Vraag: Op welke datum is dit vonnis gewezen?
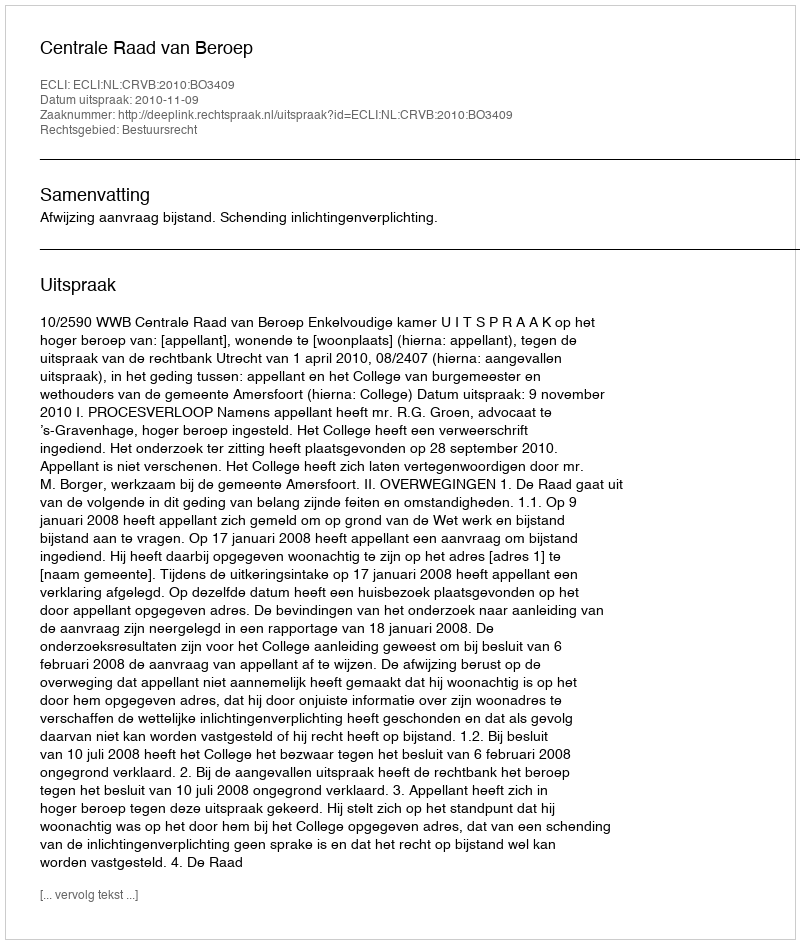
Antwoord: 2010-11-09